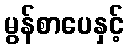
မွန်စာပေနှင့်